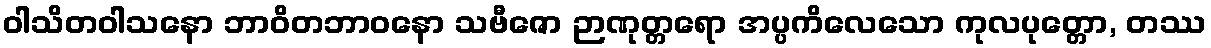
ဝါသိတဝါသနော ဘာဝိတဘာဝနော သဗီဇော ဉာဏုတ္တရော အပ္ပကိလေသော ကုလပုတ္တော, တဿ